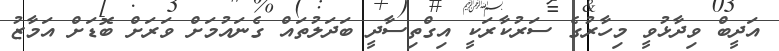
އަދީބް ވިދާޅުވީ މިހާރުގެ ސަރުކާރަކީ އިގްތިސާދީ ބަދަލުތައް ގެނައުމަށް ވަރަށް ބޮޑަށް އަމާޒު